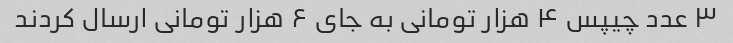
۳ عدد چیپس ۴ هزار تومانی به جای ۶ هزار تومانی ارسال کردند